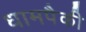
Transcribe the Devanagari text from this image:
धामपैकी